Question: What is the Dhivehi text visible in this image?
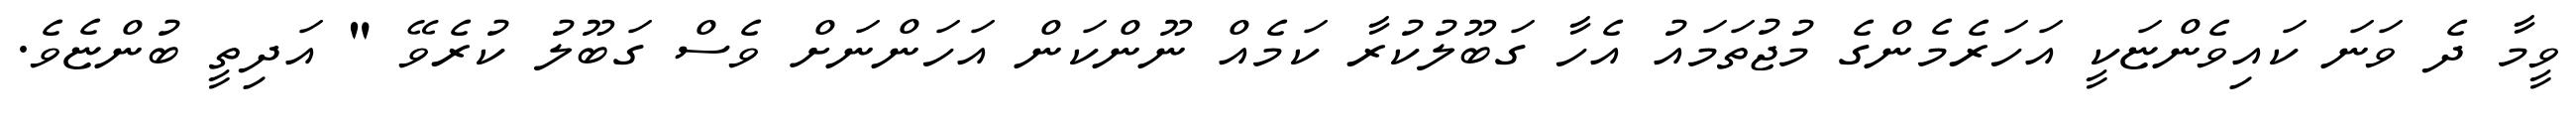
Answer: ވީމާ ދެ ވަނަ ކައިވެންޏަކީ އަހަރެމެންގެ މުޖުތަމައު އެހާ ގަބޫލުކުރާ ކަމެއް ނޫންކަން އަހަންނަށް ވެސް ގަބޫލު ކުރެވޭ " އަދިތީ ބުންޏެވެ.